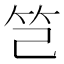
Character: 𥫟